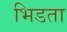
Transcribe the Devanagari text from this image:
भिडता